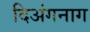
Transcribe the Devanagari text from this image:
दिअंगनाग